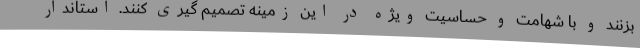
بزنند و با شهامت و حساسیت ویژه در این زمینه تصمیم گیری کنند. استاندار